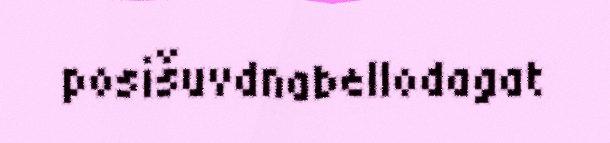
posišuvdnabellodagat